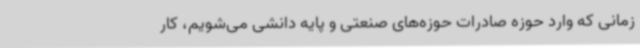
زمانی که وارد حوزه صادرات حوزه‌های صنعتی و پایه دانشی می‌شویم، کار